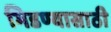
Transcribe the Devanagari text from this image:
भिडण्यासाठी